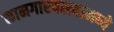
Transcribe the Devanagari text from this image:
कामगारवस्त्यांमध्ये